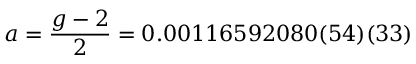
a = { \frac { g - 2 } { 2 } } = 0 . 0 0 1 1 6 5 9 2 0 8 0 ( 5 4 ) ( 3 3 )